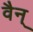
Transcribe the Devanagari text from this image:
वैन्